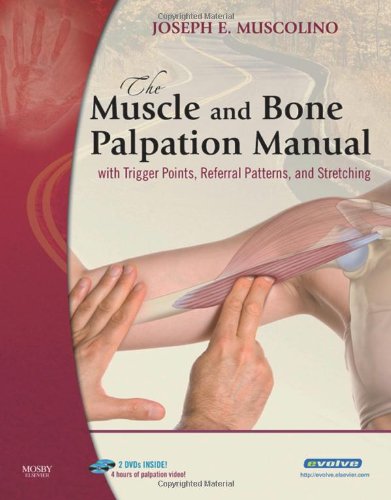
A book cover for The Muscle and Bone Palpation Manual with Trigger Points, Referral Patterns and Stretching, 1e; Joseph E. Muscolino DC; Health, Fitness & Dieting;